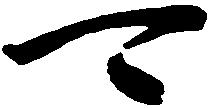
可